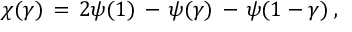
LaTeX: \chi ( \gamma ) \, = \, 2 \psi ( 1 ) \, - \, \psi ( \gamma ) \, - \, \psi ( 1 - \gamma ) \; ,